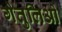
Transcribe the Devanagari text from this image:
गेतुलिओ